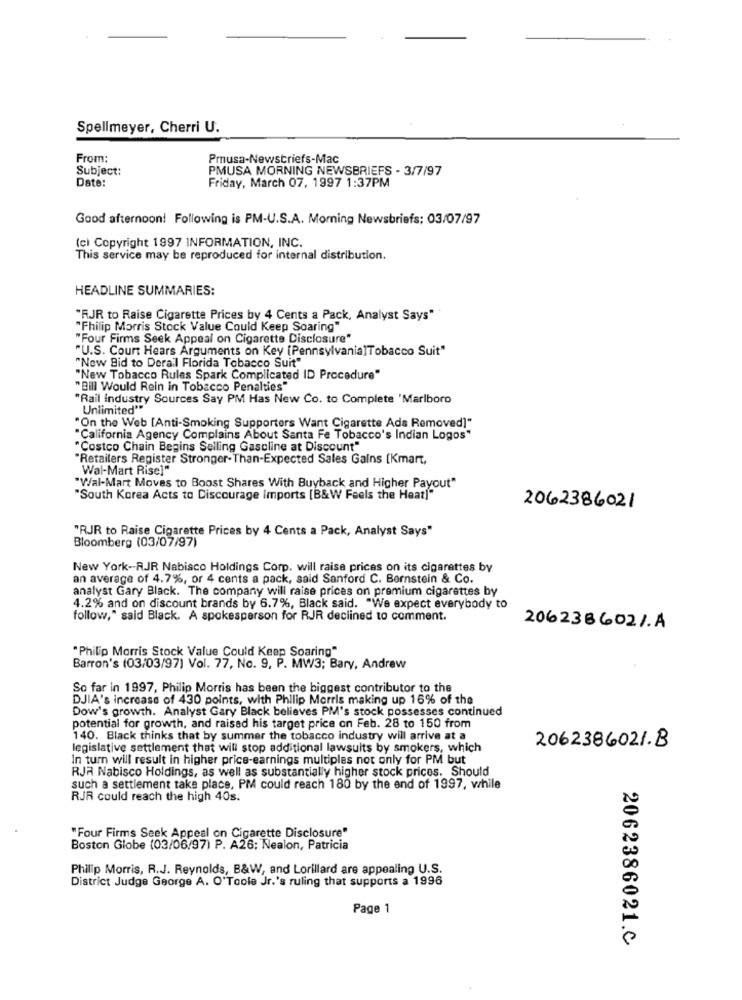
Spellmeyer, Cherri U.
From:
Pmusa-Newsbriefs-Mac
Subject:
PMUSA MORNING NEWSBRIEFS - 3/7/97
Date:
Friday, March 07, 1997 1:37PM
Good afternoon! Following is PM-U.S.A. Morning Newsbriefs; 03/07/97
(c) Copyright 1997 INFORMATION, INC.
This service may be reproduced for internal distribution.
HEADLINE SUMMARIES:
"RJR to Raise Cigarette Prices by 4 Cents a Pack, Analyst Says"
"Philip Morris Stock Value Could Keep Soaring"
"Four Firms Seek Appeal on Cigarette Disclosure"
"U.S. Court Hears Arguments on Key [Pennsylvania]Tobacco Suit"
"New Bid to Derail Florida Tobacco Suit"
"New Tobacco Rules Spark Complicated ID Procedure"
"Bill Would Rein in Tobacco Penalties"
"Rail Industry Sources Say PM Has New Co. to Complete 'Marlboro
Unlimited""
"On the Web [Anti-Smoking Supporters Want Cigarette Ads Removed]"
"California Agency Complains About Santa Fe Tobacco's Indian Logos"
"Costco Chain Begins Selling Gasoline at Discount"
"Retailers Register Stronger-Than-Expected Sales Gains [Kmart,
Wal-Mart Rise]"
"Wal-Mart Moves to Boost Shares With Buyback and Higher Payout"
"South Korea Acts to Discourage Imports [B&W Feels the Heat]"
2062386021
"RJR to Raise Cigarette Prices by 4 Cents a Pack, Analyst Says"
Bloomberg (03/07/97)
New York-RJR Nabisco Holdings Corp. will raise prices on its cigarettes by
an average of 4.7%, or 4 cents a pack, said Sanford C. Bernstein & Co.
analyst Gary Black. The company will raise prices on premium cigarettes by
4.2% and on discount brands by 6.7%, Black said. "We expect everybody to
follow," said Black. A spokesperson for RJR declined to comment.
206236602/.A
"Philip Morris Stock Value Could Keep Soaring"
Barron's (03/03/97] Vol. 77, No. 9, P. MW3; Bary, Andrew
So far in 1997, Philip Morris has been the biggest contributor to the
DJIA's increase of 430 points, with Philip Morris making up 16% of the
Dow's growth. Analyst Gary Black believes PM's stock possesses continued
potential for growth, and raised his target price on Feb. 28 to 150 from
140. Black thinks that by summer the tobacco industry will arrive at a
legislative settlement that will stop additional lawsuits by smokers, which
2062386021.B
In turn will result in higher price-earnings multiples not only for PM but
RJA Nabisco Holdings, as well as substantially higher stock prices. Should
such a settlement take place, PM could reach 180 by the end of 1997, while
RJR could reach the high 40s.
"Four Firms Seek Appeal on Cigarette Disclosure"
Boston Globe (03/06/97) P. A26; Nealon, Patricia
Philip Morris, R.J. Reynolds, B&W, and Lorillard are appealing U.S.
District Judge George A. O'Toole Jr.'s ruling that supports a 1996
Page 1
2062386021.C